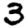
Digit: 3